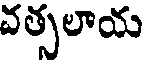
వత్సలాయ